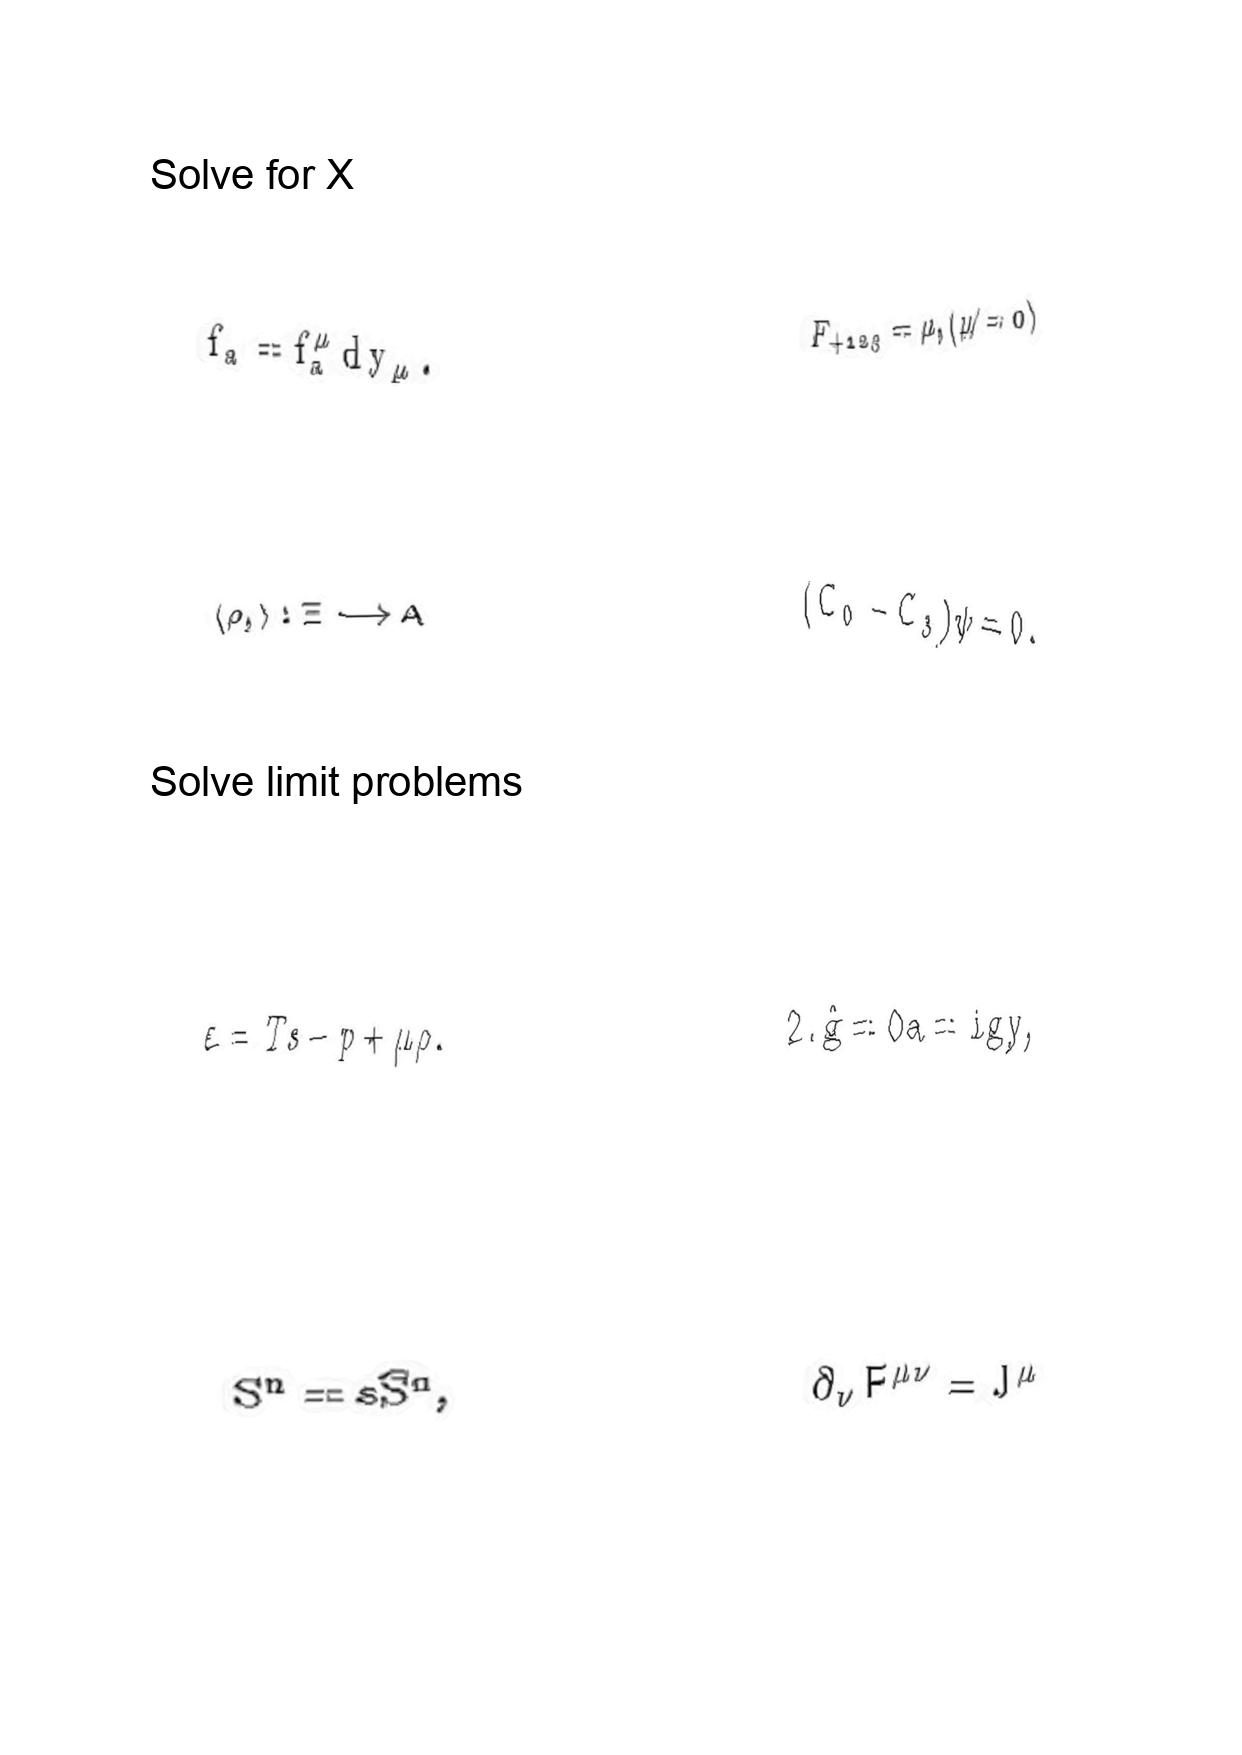
LaTeX transcription:
f _ { a } = f _ { a } ^ { \mu } d y _ { \mu } .
\langle \rho , \rangle : \Xi \longrightarrow A
\varepsilon = T s - p + \mu \rho .
S ^ { n } = s \hat { S } ^ { n } ,
F _ { + 1 2 3 } = \mu , \lparen \mu \neq 0 \rparen
\lparen C _ { 0 } - C _ { 3 } \rparen \psi = 0 .
2 . \hat { g } = 0 a = i g y ,
\partial _ { \nu } F ^ { \mu \nu } = J ^ { \mu }